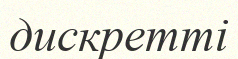
дискретті